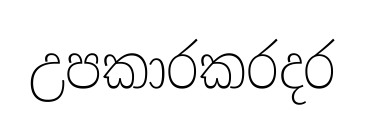
උපකාරකරදර